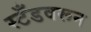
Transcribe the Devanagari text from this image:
स्टँडवरून